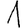
Digit: 1